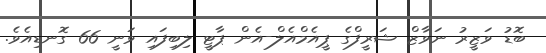
ބޮޑު ވަޒީރު ނަވާޒް ޝަރީފްގެ ޕީއެމްއެލް-އެން ޕާޓީ ލިބިފައި ވަނީ 66 ގޮނޑިއެވެ.